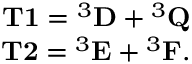
\begin{array} { r } { \mathbf { T 1 } = { } ^ { 3 } \mathbf { D } + { } ^ { 3 } \mathbf { Q } } \\ { \mathbf { T 2 } = { } ^ { 3 } \mathbf { E } + { } ^ { 3 } \mathbf { F } . } \end{array}